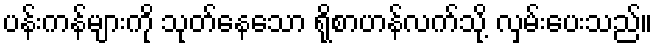
ပန်းကန်များကို သုတ်နေသော ရိုစာဟန်လက်သို့ လှမ်းပေးသည်။